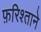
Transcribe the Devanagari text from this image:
फ़रिश्ताने